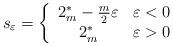
LaTeX: \begin{align*}s_{\varepsilon}=\left\{ \begin{array}{cc}2_{m}^{*}-\frac{m}{2}\varepsilon & \varepsilon<0\\2_{m}^{*} & \varepsilon>0\end{array}\right.\end{align*}